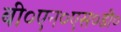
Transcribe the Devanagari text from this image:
बी०एन०एस०डी०